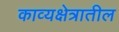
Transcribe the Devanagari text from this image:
काव्यक्षेत्रातील